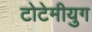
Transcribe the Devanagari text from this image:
टोटेमीयुग